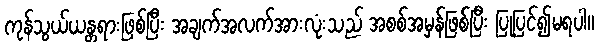
ကုန်သွယ်ယန္တရားဖြစ်ပြီး အချက်အလက်အားလုံးသည် အစစ်အမှန်ဖြစ်ပြီး ပြုပြင်၍မရပါ။